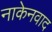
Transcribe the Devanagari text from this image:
नाकेनवाद